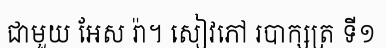
ជាមួយ អែស រ៉ា។ សៀវភៅ របាក្សត្រ ទី១